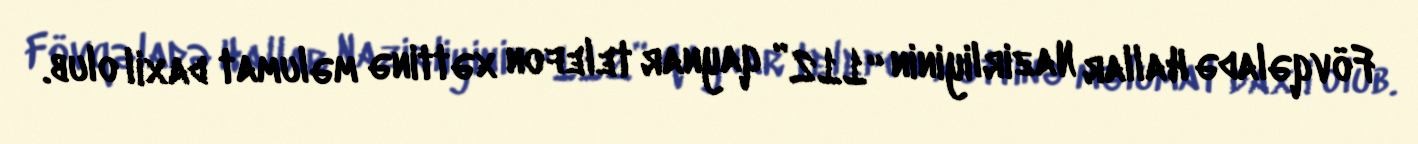
Fövqəladə Hallar Nazirliyinin “112” qaynar telefon xəttinə məlumat daxil olub.